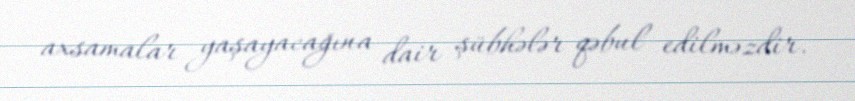
axsamalar yaşayacağına dair şübhələr qəbul edilməzdir.